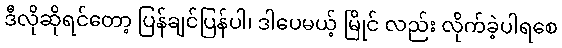
ဒီလိုဆိုရင်တော့ ပြန်ချင်ပြန်ပါ၊ ဒါပေမယ့် မြိုင် လည်း လိုက်ခဲ့ပါရစေ